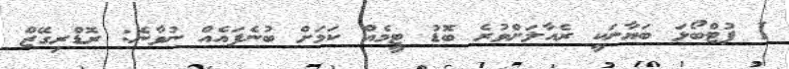
1 ފުޓްބޯޅަ ބަޔާނަކީ ރެއާލަށްވުރެ ބޮޑު ޓީމެއް ކަމަށް ބުނެފައެއް ނުވާނެ: ރޮޑްރިގޭޒް